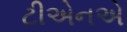
ટીએનએ